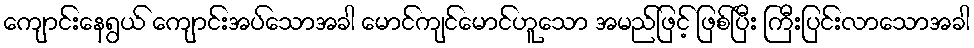
ကျောင်းနေရွယ် ကျောင်းအပ်သောအခါ မောင်ကျင်မောင်ဟူသော အမည်ဖြင့် ဖြစ်ပြီး ကြီးပြင်းလာသောအခါ